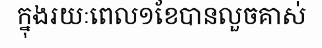
ក្នុងរយៈពេល១ខែបានលួចគាស់